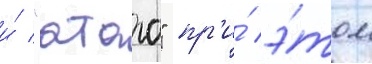
и́ "атаго" пр'и́ э́том